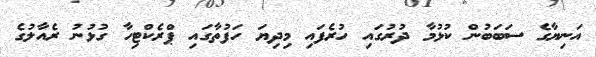
އަނިޔާގެ ސަބަބުން ކުޅުމާ ދުރުގައި ހުރެފައި މިދިޔަ ހަފުތާގައި ޕްރެކްޓިހާ ގުޅުނު ރެއާލުގެ